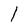
Character: 1